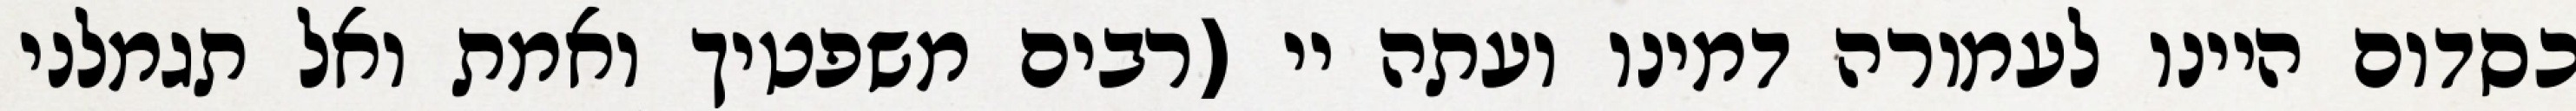
כסדום היינו לעמורה דמינו ועתה יי (רבים משפטיך ואמת ואל תגמלני